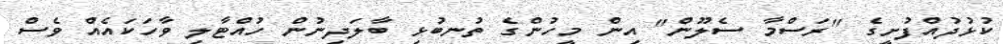
ކުޅުދުއްފުށީގެ "ރަސްމާ ސެލޫން" އިން މީހުންގެ ތުނބުޅި ބާލަދިނުން ހުއްޓާލި ވާހަކައެއް ވެސް